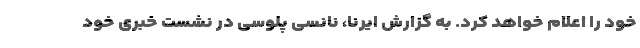
خود را اعلام خواهد کرد. به گزارش ایرنا، نانسی پلوسی در نشست خبری خود